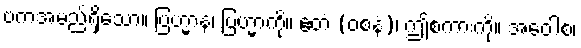
ဗကအမည်ရှိသော။ ဗြဟ္မာနံ၊ ဗြဟ္မာကို။ ဧတံ (ဝစနံ)၊ ဤစကားကို။ အဝေါစ၊